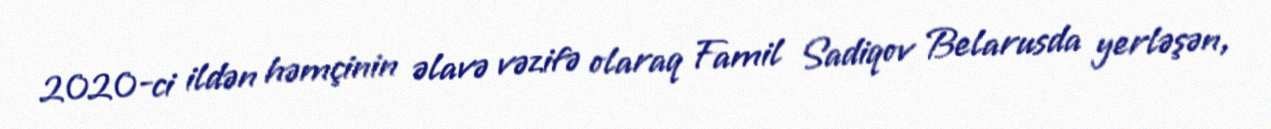
2020-ci ildən həmçinin əlavə vəzifə olaraq Famil Sadiqov Belarusda yerləşən,